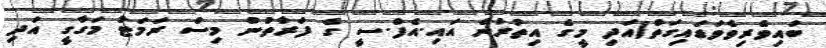
ބައިވެރިވެވަޑައިގަތް)އަދި މީގެ އިތުރުން އައި.އެފް.ސީ ގެ ފަރާތުން މިސް ރަމަޓު މަގާގީ އަދި